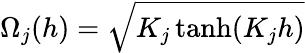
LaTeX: \Omega_{j}(h)=\sqrt{K_{j}\operatorname{tanh}(K_{j}h)}